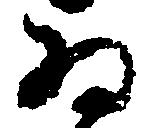
為